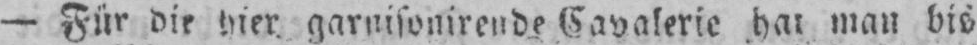
Cavalerie hat man bis